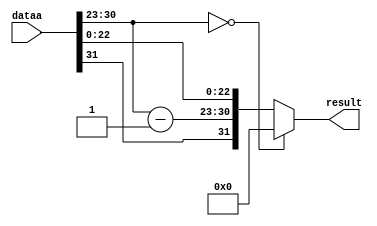
module fp_div2 ( 
input [31:0] dataa,
output [31:0] result
);
wire [7:0] NewExp;
assign NewExp = dataa[30:23]-1;
assign result = (dataa[30:23]==0) ? 0 : {dataa[31],NewExp,dataa[22:0]};
endmodule